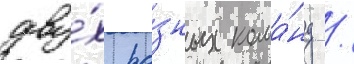
дву́х ра́зных кома́нд /